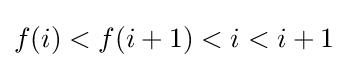
f(i)<f(i+1)<i<i+1